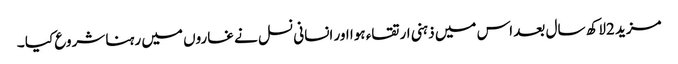
مزید 2لاکھ سال بعد اس میں ذہنی ارتقاء ہوا اور انسانی نسل نے غاروں میں رہنا شروع کیا ۔